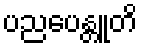
ပညပေန္တူတိ